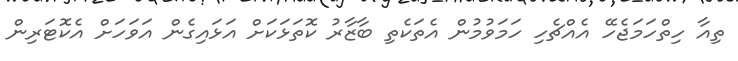
ތިއާ ހިތްހަމަޖެހޭ އެއްޗެހި ހަމަވުމުން އެތަކެތި ބާޒާރު ކޮތަޅަކަށް އަޅައިގެން އަވަހަށް އެކޮޓަރިން